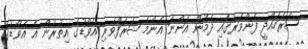
ސަރަހައްދީ ފެންވަރުގައި ދެމުން އަންނަ އެންމެ ޝަރަފްވެރި އެވޯޑުގެ އިތުރުން އެ އެވޯޑުގެ